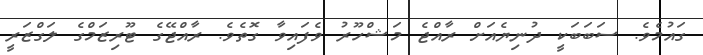
ގައުމެވެ. ސަބަބަކީ ދުނިޔެއަށް ރާއްޖެ މަޝްހޫރު ވެފައިވާ ގޮތެވެ. ރާއްޖޭގެ ޓޫރިޒަމްގެ ލަގްޒަރީ